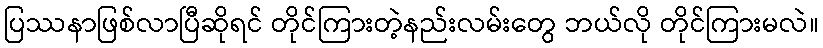
ပြဿနာဖြစ်လာပြီဆိုရင် တိုင်ကြားတဲ့နည်းလမ်းတွေ ဘယ်လို တိုင်ကြားမလဲ။